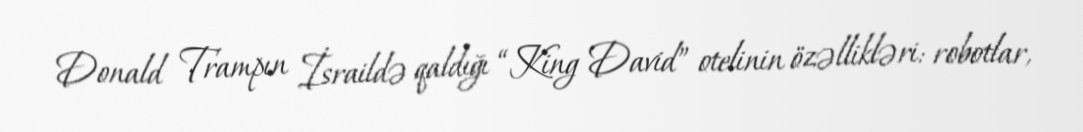
Donald Trampın İsraildə qaldığı “King David” otelinin özəllikləri: robotlar,